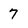
Character: 7